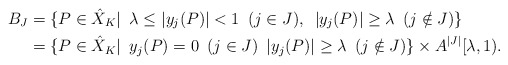
\begin{align*}B_J& =\{P\in \hat{X}_K|\,\,\, \lambda \leq |y_j(P)|<1 \,\,\,(j\in J),\,\,\,|y_j(P)|\geq \lambda\,\,\, (j \notin J)\} \\ & = \{P\in \hat{X}_K|\,\,\, y_j(P)=0 \,\,\,(j\in J)\,\,\, |y_j(P)|\geq \lambda\,\,\, (j \notin J)\}\times A^{|J|}[\lambda,1). \end{align*}